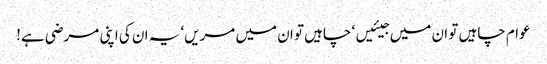
عوام چاہیں تو ان میں جیئیں‘ چاہیں تو ان میں مریں‘ یہ ان کی اپنی مرضی ہے!